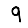
Digit: 9